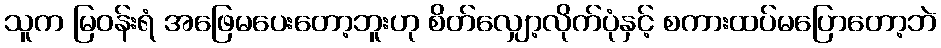
သူက မြဝန်းရံ အဖြေမပေးတော့ဘူးဟု စိတ်လျှော့လိုက်ပုံနှင့် စကားထပ်မပြောတော့ဘဲ